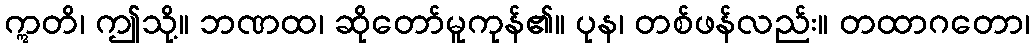
ဣတိ၊ ဤသို့။ ဘဏထ၊ ဆိုတော်မူကုန်၏။ ပုန၊ တစ်ဖန်လည်း။ တထာဂတော၊